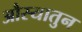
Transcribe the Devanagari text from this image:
औस्यातुन